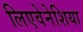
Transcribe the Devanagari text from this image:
लिएवेनेशिया